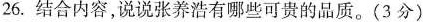
26.结合内容，说说张养浩有哪些可贵的品质。(3分）